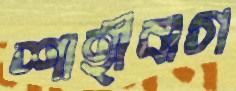
শাহীবাগ